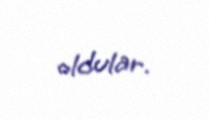
oldular.